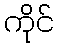
ကိုင်